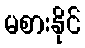
မစားနိုင်